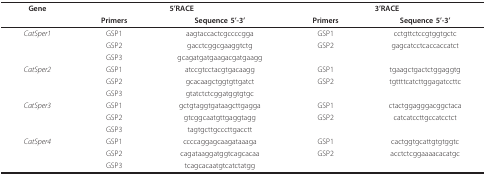
<table><thead><tr><td><b>Gene</b></td><td colspan="2"><b>5&#x27;RACE</b></td><td colspan="2"><b>3&#x27;RACE</b></td></tr><tr><td></td><td><b>Primers</b></td><td><b>Sequence 5&#x27;-3&#x27;</b></td><td><b>Primers</b></td><td><b>Sequence 5&#x27;-3&#x27;</b></td></tr></thead><tbody><tr><td><i>CatSper1</i></td><td>GSP1</td><td>aagtaccactcgccccgga</td><td>GSP1</td><td>cctgttctccgtggtgctc</td></tr><tr><td></td><td>GSP2</td><td>gacctcggcgaaggtctg</td><td>GSP2</td><td>gagcatcctcaccaccatct</td></tr><tr><td></td><td>GSP3</td><td>gcagatgatgaagacgatgaagg</td><td></td><td></td></tr><tr><td><i>CatSper2</i></td><td>GSP1</td><td>atccgtcctacgtgacaagg</td><td>GSP1</td><td>tgaagctgactctggaggtg</td></tr><tr><td></td><td>GSP2</td><td>gcacaagctggtgttgatct</td><td>GSP2</td><td>tgttttcatcttggagatccttc</td></tr><tr><td></td><td>GSP3</td><td>gtatctctcggatggtgtgc</td><td></td><td></td></tr><tr><td><i>CatSper3</i></td><td>GSP1</td><td>gctgtaggtgataagcttgagga</td><td>GSP1</td><td>ctactggagggacggctaca</td></tr><tr><td></td><td>GSP2</td><td>gtcggcaatgttgaggtagg</td><td>GSP2</td><td>catcatccttgccatcctct</td></tr><tr><td></td><td>GSP3</td><td>tagtgcttgcccttgacctt</td><td></td><td></td></tr><tr><td><i>CatSper4</i></td><td>GSP1</td><td>ccccaggagcaagataaaga</td><td>GSP1</td><td>cactggtgcattgtgtggtc</td></tr><tr><td></td><td>GSP2</td><td>cagataaggatggtcagcacaa</td><td>GSP2</td><td>acctctcggaaaacacatgc</td></tr><tr><td></td><td>GSP3</td><td>tcagcacaatgtcatctatgg</td><td></td><td></td></tr></tbody></table>